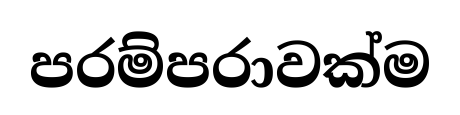
පරම්පරාවක්ම